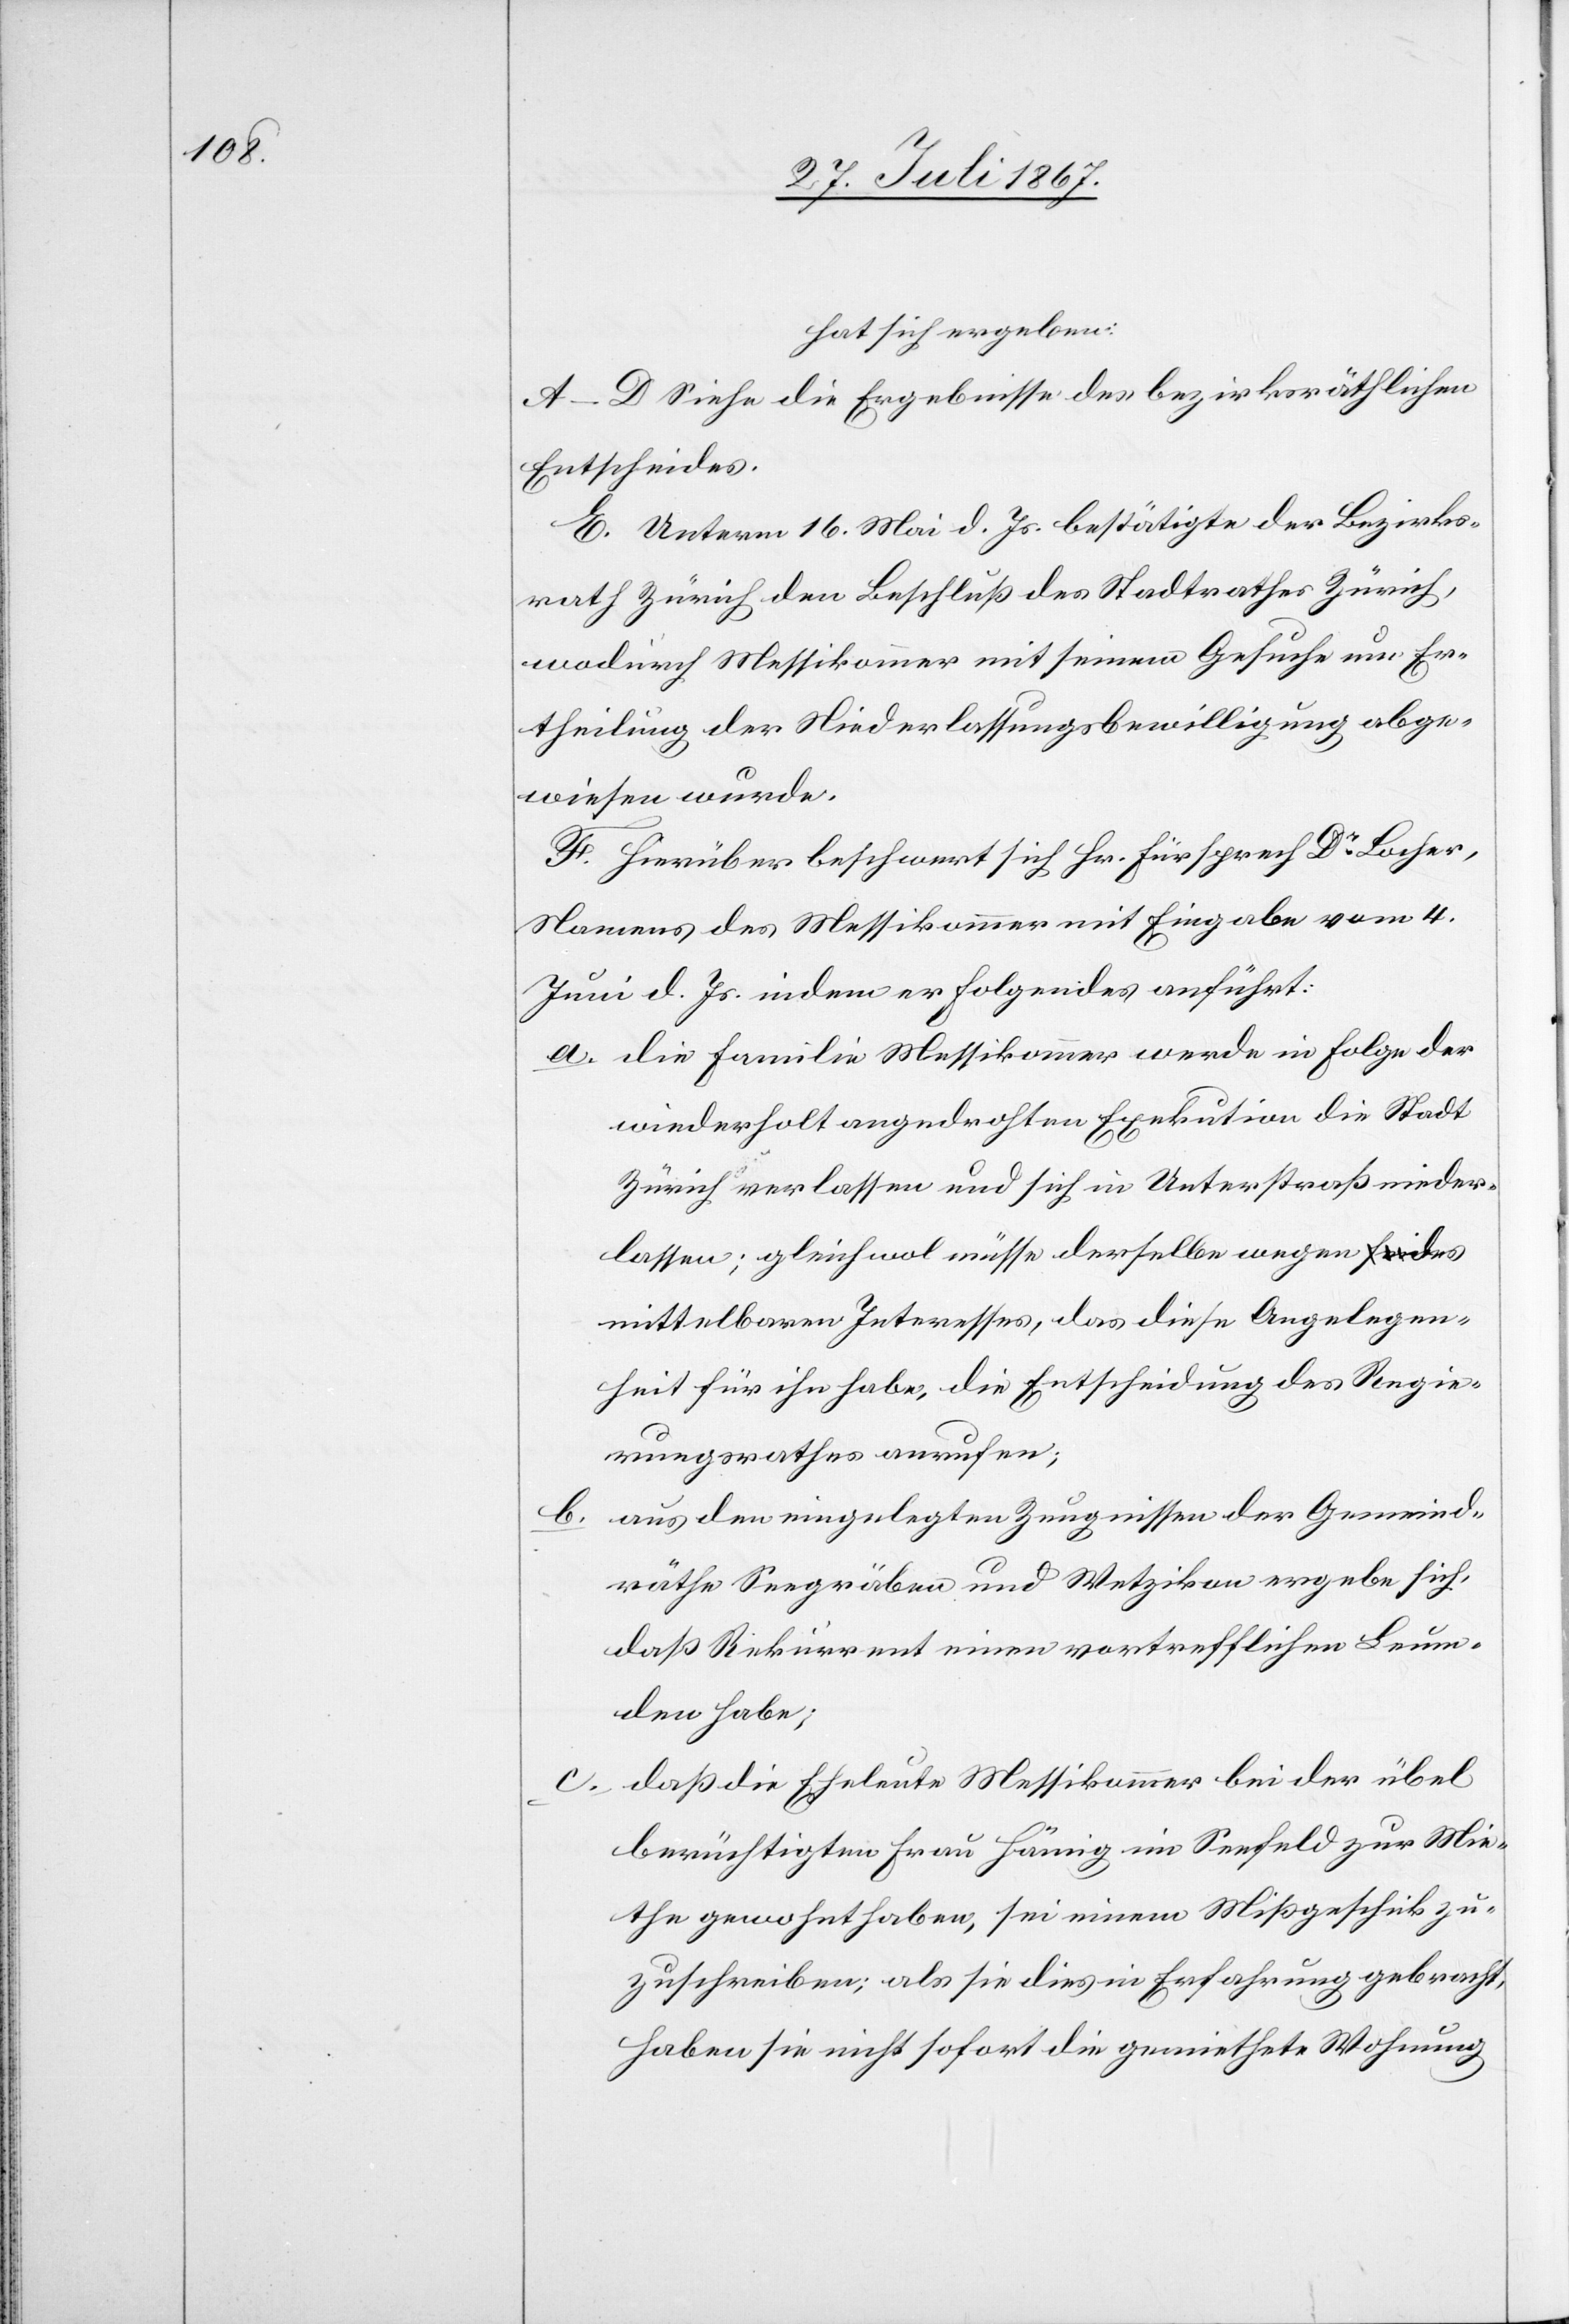
hat sich ergeben:
A–D Siehe die Ergebnisse des bezirksräthlichen
Entscheides.
E. Unterm 16. Mai d. Js. bestätigte der Bezirks¬
rath Zürich den Beschluß des Stadtrathes Zürich,
wodurch Messikommer [sic!] mit seinem Gesuche um Er¬
theilung der Niederlassungsbewilligung abge¬
wiesen wurde.
F. Hierüber beschwert sich Hr. Fürsprech Dr. Locher,
Namens des Messikommer mit Eingabe vom 4.
Juni d. Js. indem er Folgendes anführt:
a. die Familie Messikommer werde in Folge der
wiederholt angedrohten Exekution die Stadt
Zürich verlassen und sich in Unterstraß nieder¬
lassen; gleichwol müsse derselbe wegen
mittelbaren Interesses, das diese Angelegen¬
heit für ihn habe, die Entscheidung des Regie¬
rungsrathes anrufen;
b. aus den eingelegten Zeugnissen der Gemeind¬
räthe Seegräben und Wetzikon ergebe sich,
daß Rekurrent einen vortrefflichen Leum¬
den habe;
daß die Eheleute Messikommer bei der übel
berüchtigten Frau Hämig im Seefeld zur Mie¬
the gewohnt haben, sei einem Mißgeschick zu¬
zuschreiben; als sie dies in Erfahrung gebracht,
haben sie nicht sofort die gemiethete Wohnung